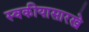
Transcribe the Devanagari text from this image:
स्वकीयासारखे